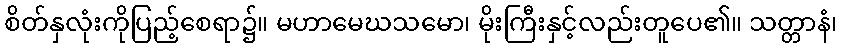
စိတ်နှလုံးကိုပြည့်စေရာ၌။ မဟာမေဃသမော၊ မိုးကြီးနှင့်လည်းတူပေ၏။ သတ္တာနံ၊